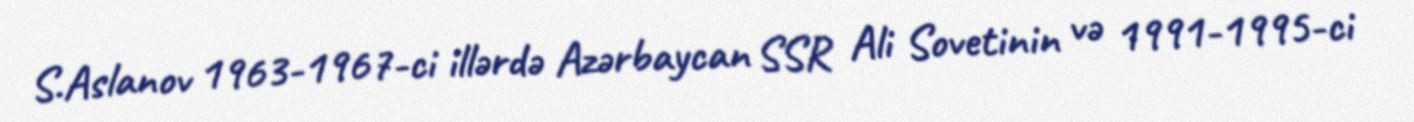
S.Aslanov 1963-1967-ci illərdə Azərbaycan SSR Ali Sovetinin və 1991-1995-ci